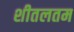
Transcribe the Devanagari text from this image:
शीतलतम